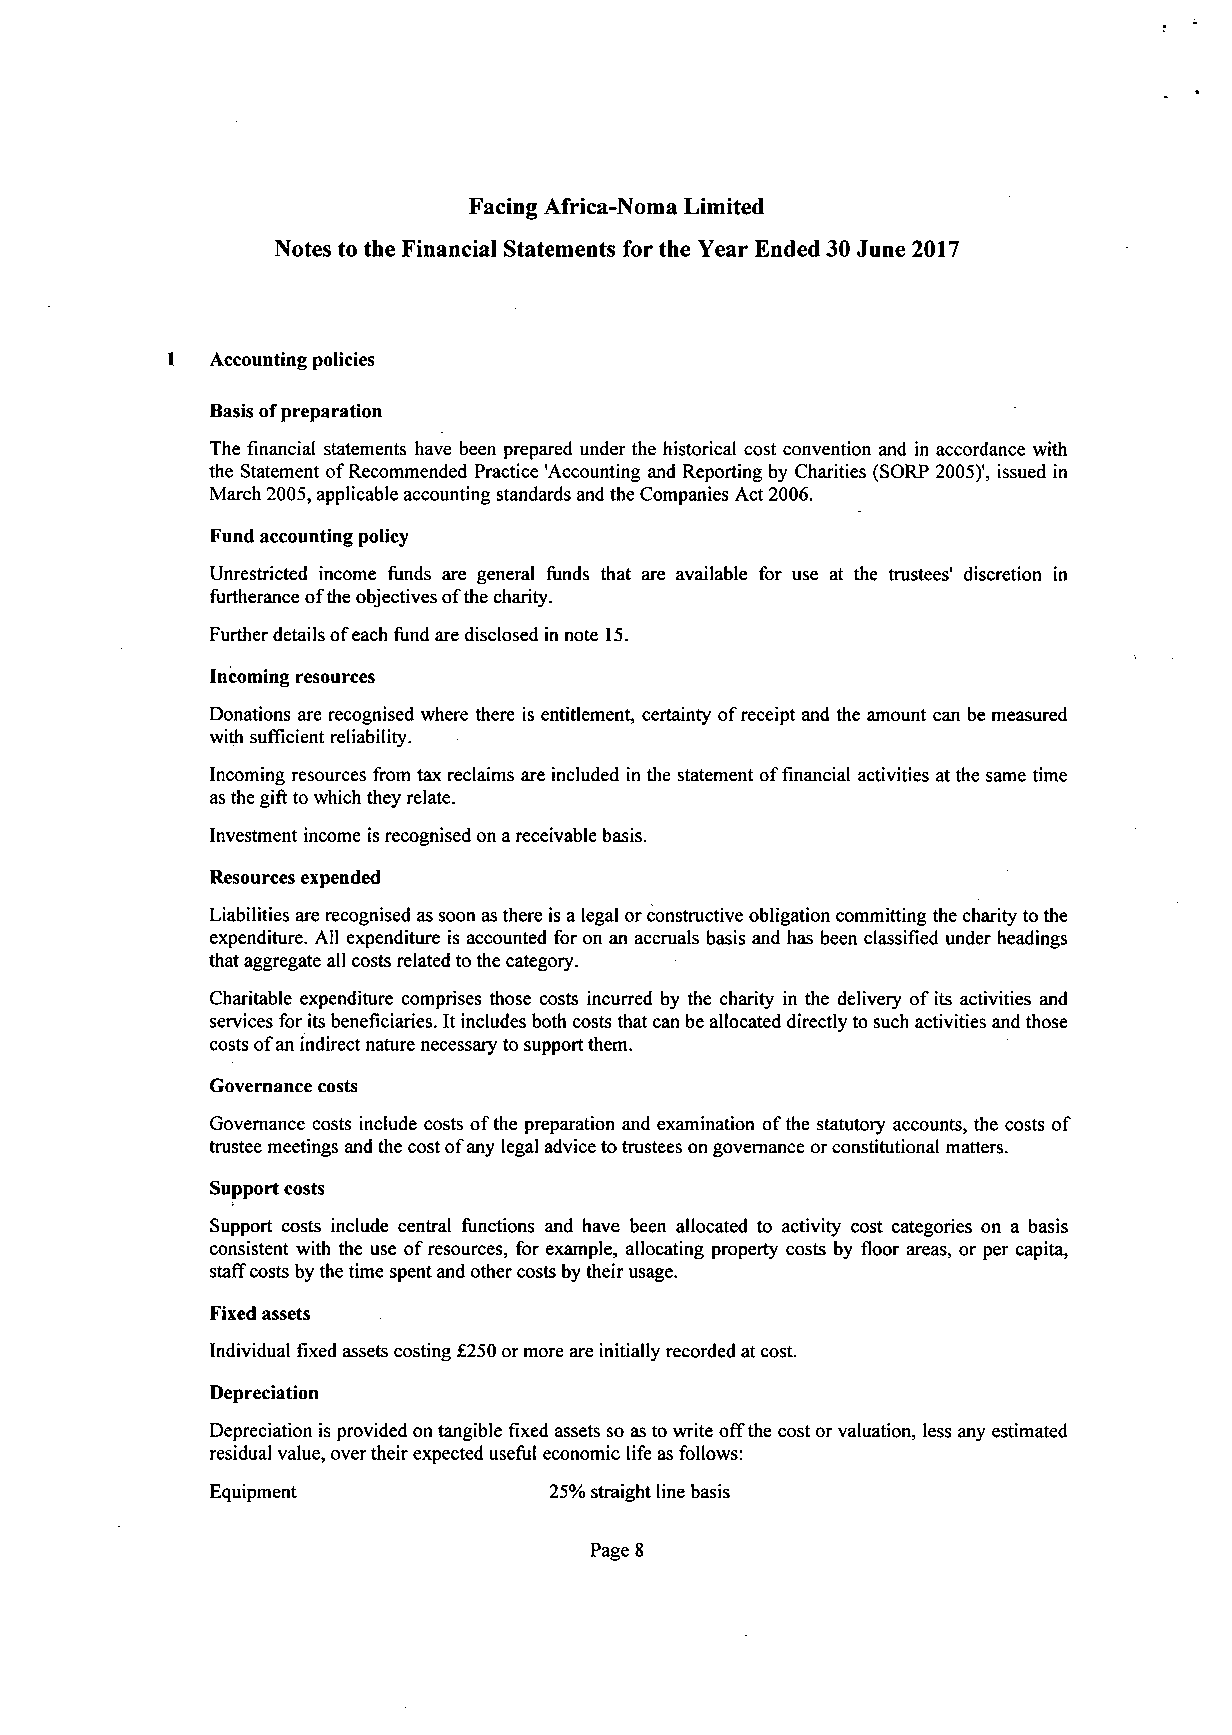
Facing Africa-Noma Limited
 Notes to the Financial Statements for the Year Ended 30 June 2017
 1  Accounting policies
 Basis of preparation
 The financial statements have been prepared under the historical cost convention and in accordance with
 the Statement of Recommended Practice 'Accounting and Reporting by Charities (SORP 2005)', issued in
 March 2005, applicable accounting standards and the Companies Act 2006.
 Fund accounting policy
 Unrestricted income funds are general funds that are available for use at the trustees' discretion in
 furtherance of the objectives of the charity.
 Further details of each fund are disclosed in note 15.
 Incoming resources
 Donations are recognised where there is entitlement, certainty of receipt and the amount can be measured
 with sufficient reliability.
 Incoming resources from tax reclaims are included in the statement of financial activities at the same time
 as the gift to which they relate.
 Investment income is recognised on a receivable basis.
 Resources expended
 Liabilities are recognised as soon as there is a legal or constructive obligation committing the charity to the
 expenditure. All expenditure is accounted for on an accruals basis and has been classified under headings
 that aggregate all costs related to the category.
 Charitable expenditure comprises those costs incurred by the charity in the delivery of its activities and
 services for its beneficiaries. It includes both costs that can be allocated directly to such activities and those
 costs of an indirect nature necessary to support them.
 Governance costs
 Governance costs include costs of the preparation and examination of the statutory accounts, the costs of
 trustee meetings and the cost of any legal advice to trustees on governance or constitutional matters.
 Support costs
 Support costs include central functions and have been allocated to activity cost categories on a basis
 consistent with the use of resources, for example, allocating property costs by floor areas, or per capita,
 staff costs by the time spent and other costs by their usage.
 Fixed assets
 Individual fixed assets costing £250 or more are initially recorded at cost.
 Depreciation
 Depreciation is provided on tangible fixed assets so as to write off the cost or valuation, less any estimated
 residual value, over their expected useful economic life as follows:
 Equipment             25% straight line basis
 Page 8